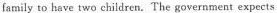
family to have two children. The government expects